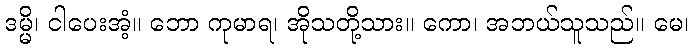
ဒမ္မိ၊ ငါပေးအံ့။ ဘော ကုမာရ၊ အိုသတို့သား။ ကော၊ အဘယ်သူသည်။ မေ၊